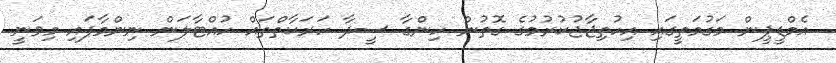
އެމްޑީޕީން މަގުމަތީގައި އިހުތިޖާޖުކުރުމުގެ ގޮތުން ހިންގާ ސީދާ ހަރަކާތްތައް ހުއްޓާލަން ނިންމާފައި މިވަނީ